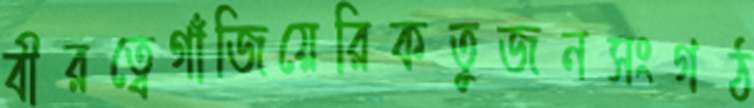
বীরত্বেগাঁজিয়েরিকতুজনসংগঠ